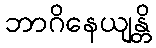
ဘာဂိနေယျန္တိ